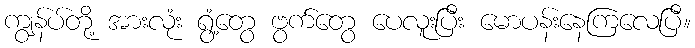
ကျွန်ပ်တို့ အားလုံး ရွံ့တွေ ဗွက်တွေ ပေလူးပြီး မောပန်းနေကြလေပြီ။